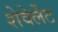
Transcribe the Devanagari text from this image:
शेवेर्लेट